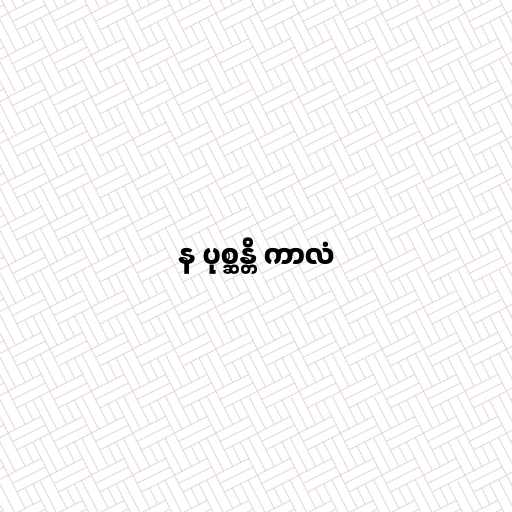
န ပုစ္ဆန္တိ ကာလံ